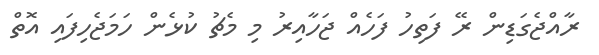
ރާއްޖެގަޑިން ރޭ ފަތިހު ފަހެއް ޖަހާއިރު މި މެޗު ކުޅެން ހަމަޖެހިފައި އޮތް